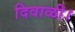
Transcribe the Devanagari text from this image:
दिवाळी।